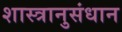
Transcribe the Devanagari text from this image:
शास्त्रानुसंधान